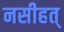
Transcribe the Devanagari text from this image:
नसीहत्